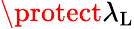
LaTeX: \protect\lambda_{\mathrm{L}}